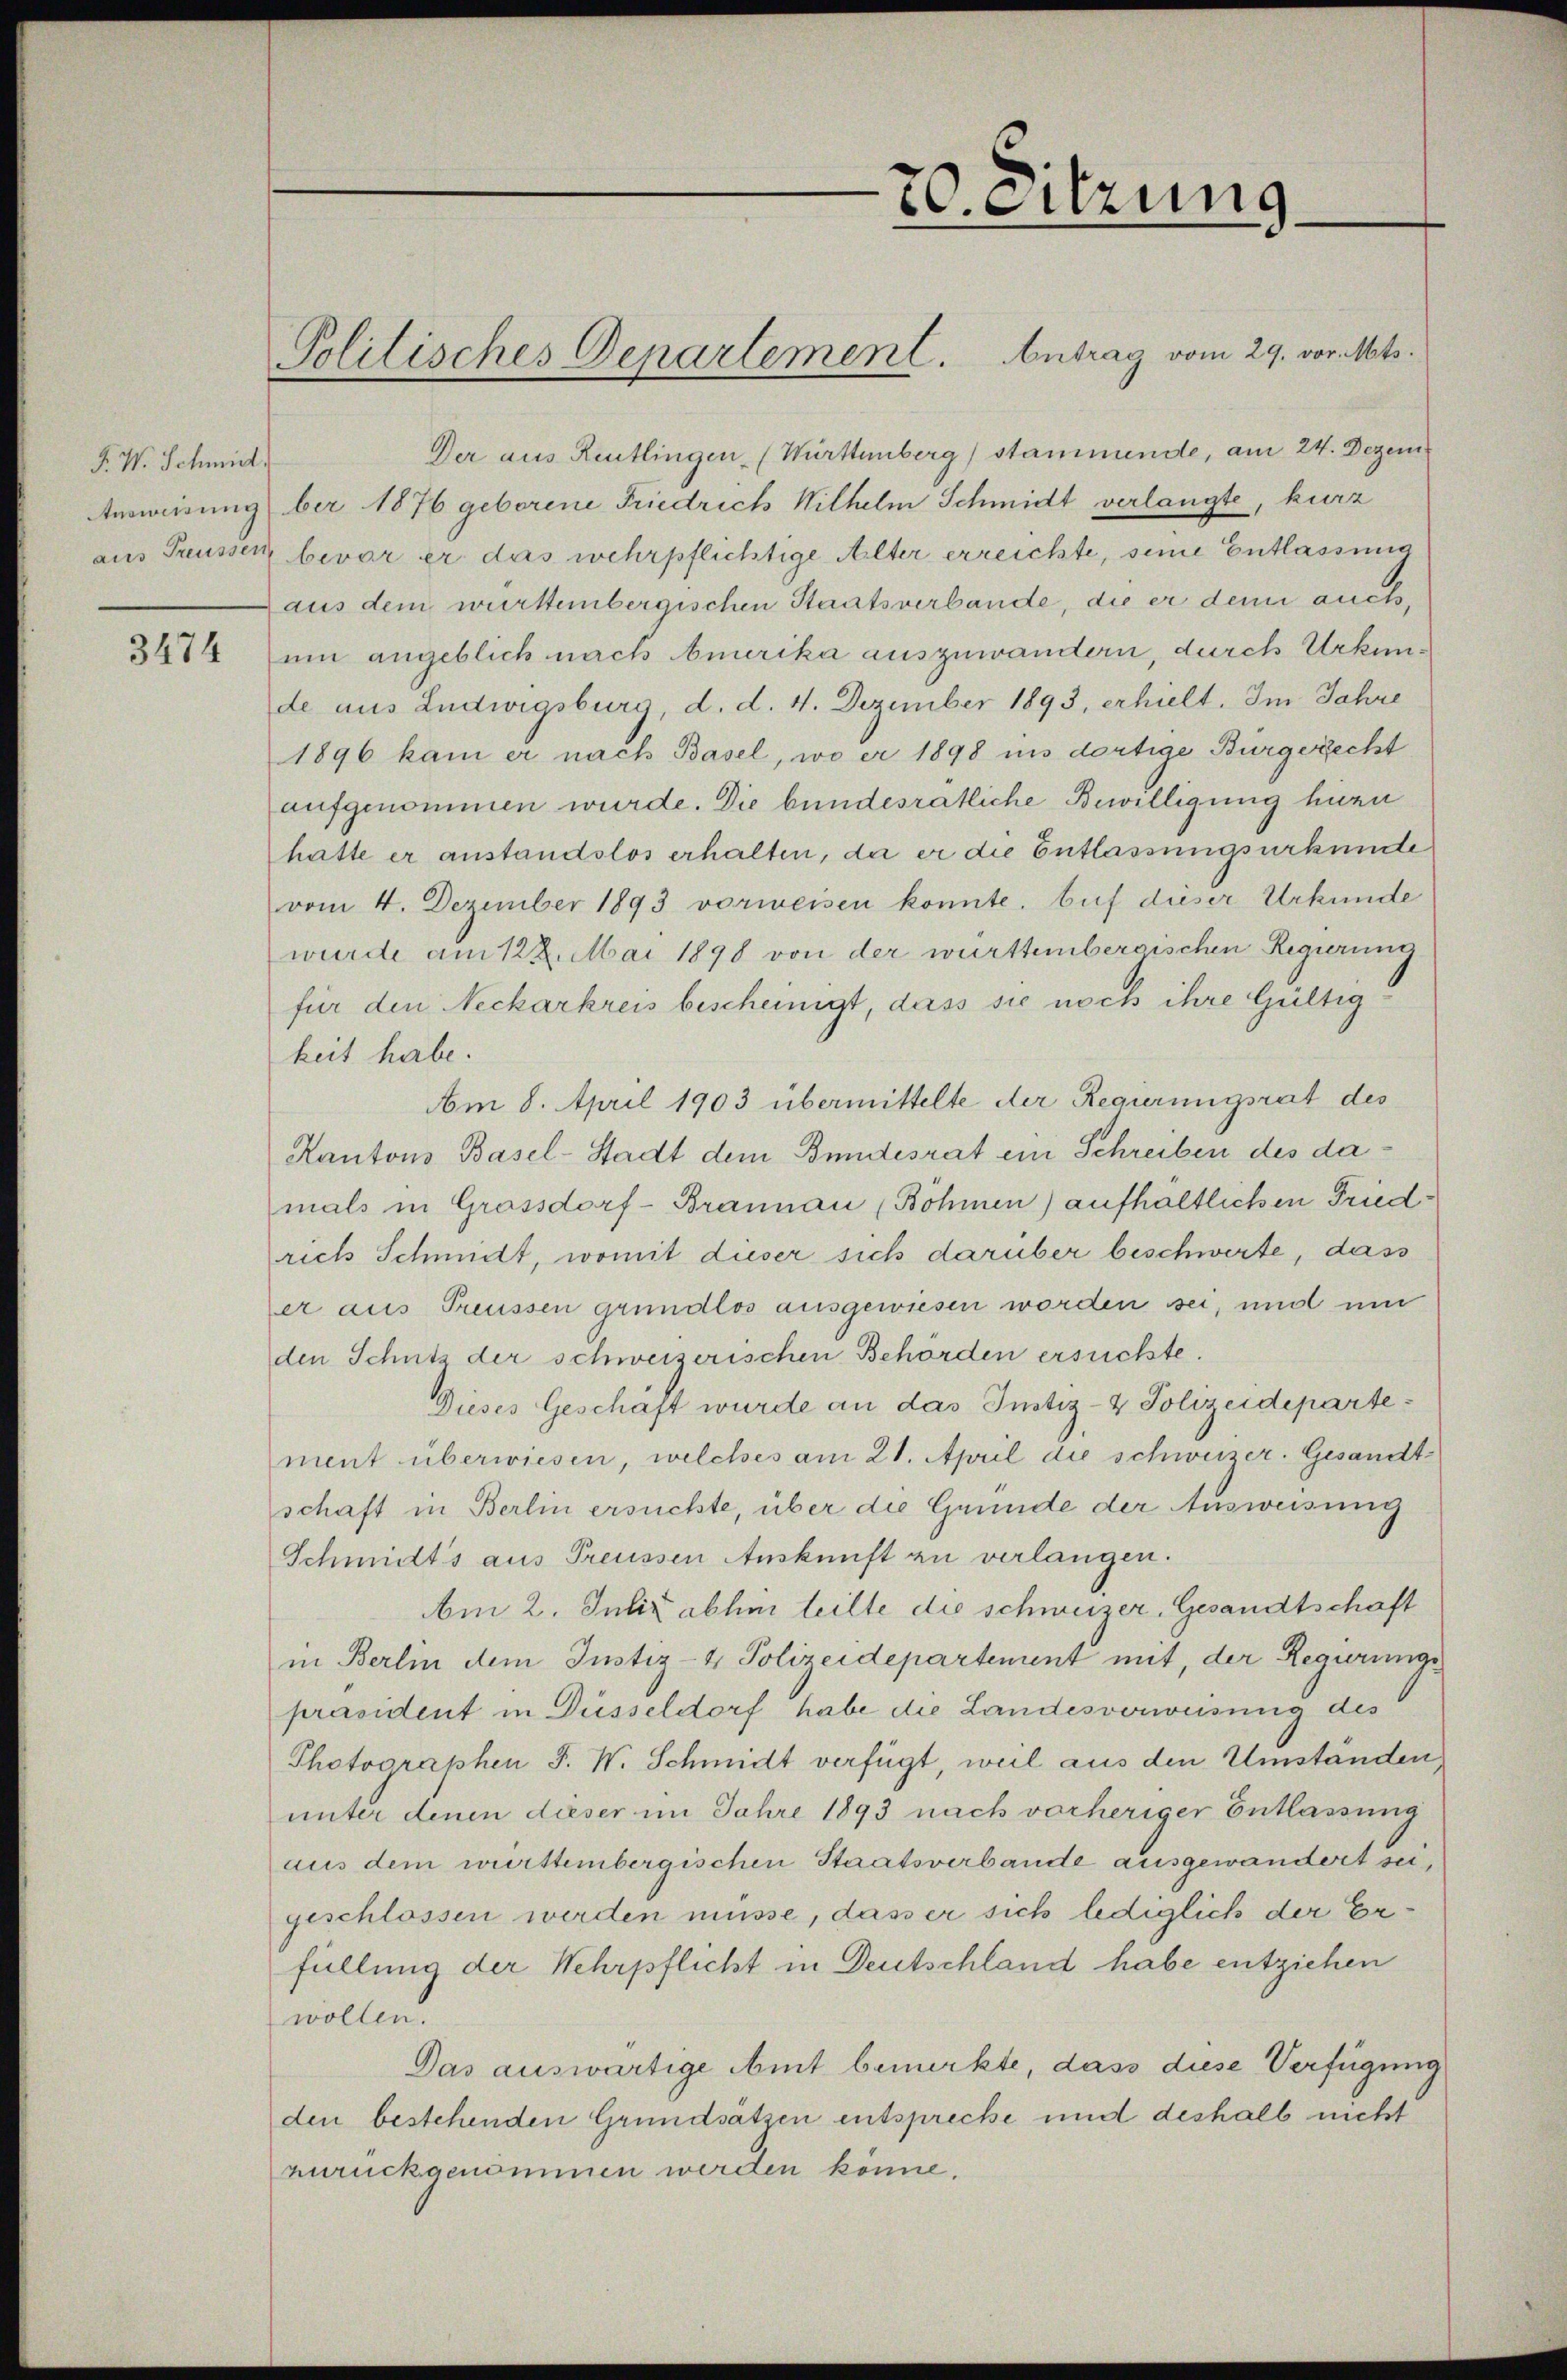
F. W. Schmid,

20. Sitzung.
Politisches Departement. Antrag vom 29. vor. Mts.

Der aus Reutlingen (Württenberg) stammende, am 24. Dezem
Ausweisungber 1876 geborene Friedrich Wilhelm Schmidt verlangte, kurz
aus Preusser bevor er das wehrpflichtige Alter erreichte, seine Entlassung
aus dem württembergischen Staatsverbande, die er denn auchs,
2474 (um angeblich nach Amerika auszuwandern, durch Urkunde aus Ludwigsburg, d. d. 4. Dezember 1893, erhielt. Im Jahre
1896 kam er nach Basel, wo er 1898 ins dortige Bürgerecht
aufgenommen wurde. Die bundesratliche Bewilligung hiezu
hatte er anstandslos erhalten, da er die Entlassungsurkunde
vom 4. Dezember 1893 vorweisen konnte. Auf dieser Urkunde
wurde am 122. Mai 1898 von der württembergischen Regierung
für den Neckarkreis bescheinigt, dass sie noch ihre Gültig
keit habe.
Am 8. April 1903 übermittelte der Regierungsrat des
Kantons Basel-Stadt dem Bundesrat ein Schreiben des damals in Grossdorf-Brannau (Böhmen) aufhältlichen Friedrich Schmidt, womit dieser sich darüber beschwerte, dass
er aus Freussen grundlos ausgewiesen worden sei, und um
den Schutz der schweizerischen Behörden ersuchte.
Dieses Geschäft wurde an das Justiz- & Polizeidepartement überwiesen, welches am 21. April die schweizer. Gesandtschaft in Berlin ersuchte, über die Grunde der Ausweisung
Schmidts aus Preussen Auskunft zu verlangen.
Am 2. Juliz abhin teilte die schweizer, Gesandtschaft
in Berlin dem Justiz- & Polizeidepartement mit, der Regierungs
präsident in Düsseldorf habe die Landesverweisung des
Photooraphen J. W. Schmidt verfügt, weil aus den Umständen
unter denen dieser im Jahre 1893 nach vorheriger Entlassung
aus dem württembergischen Staatsverbande ausgewandert sei,
geschlossen werden müsse, dass er sich lediglich der Erfüllung der Wehrpflicht in Deutschland habe entziehen
wollen.
Das auswärtige Amt bemerkte, dass diese Verfügung
den bestehenden Grundsätzen entspreche und deshalb nicht
zurückgenommen werden könne.